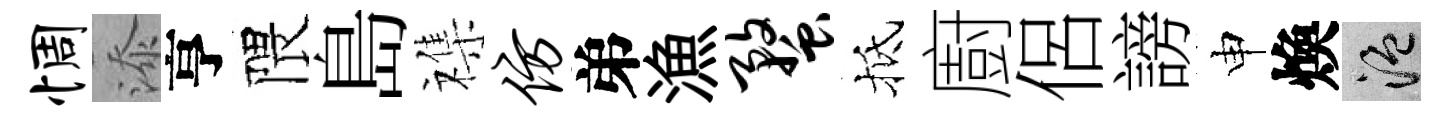
惆添亨隈島襍仿弟漁蝥抵廚侶謗申煥温